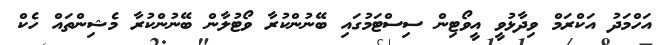
އަހްމަދު އަކްރަމް ވިދާޅުވީ އީވޯޓިން ސިސްޓަމުގައި ބޭނުންކުރާ ވޯޓުލާން ބޭނުންކުރާ މެޝިންތައް ހެކް